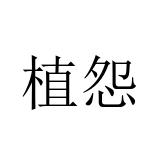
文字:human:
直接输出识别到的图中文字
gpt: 植怨